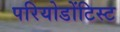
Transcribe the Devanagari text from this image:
परियोडोंटिस्ट